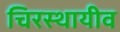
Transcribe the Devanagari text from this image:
चिरस्थायीव